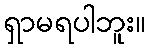
ရှာမရပါဘူး။